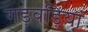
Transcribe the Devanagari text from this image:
गड़बड़ियां